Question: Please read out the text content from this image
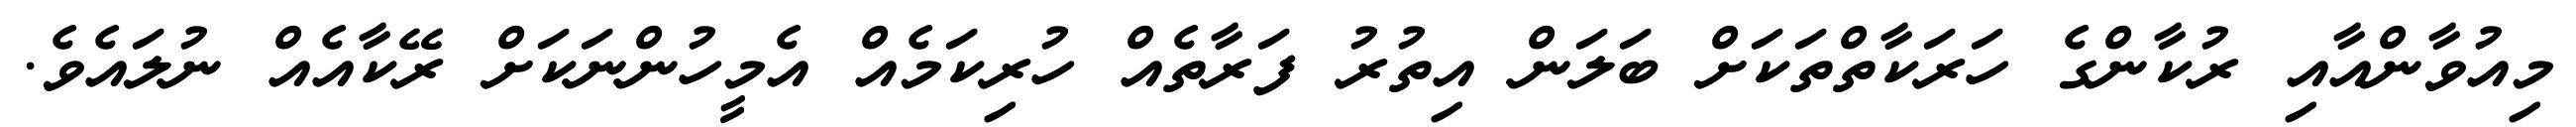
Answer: މިއުވާންއާއި ރުކާންގެ ހަރަކާތްތަކަށް ބަލަން އިތުރު ފަރާތެއް ހުރިކަމެއް އެމީހުންނަކަށް ރޭކާއެއް ނުލައެވެ.